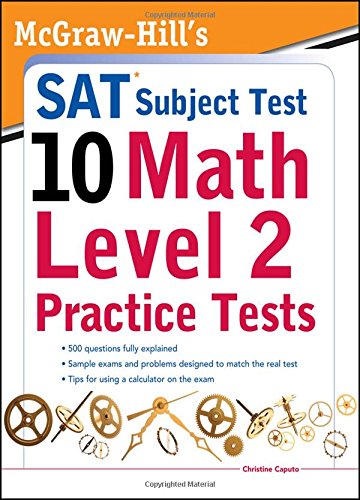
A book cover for McGraw-Hills SAT Subject Test 10: Math Level 2 Practice Tests; Christine Caputo; Test Preparation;